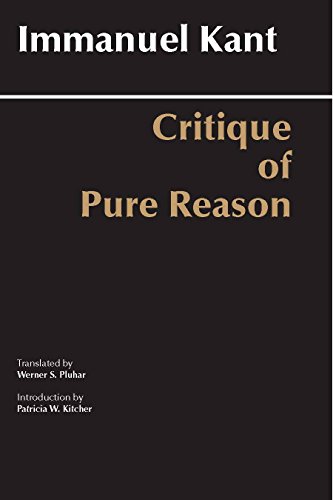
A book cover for Critique of Pure Reason: Unified Edition (with all variants from the 1781 and 1787 editions) (Hackett Classics); Immanuel Kant; Politics & Social Sciences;